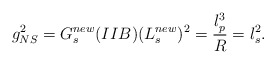
\begin{align*}g^{2}_{NS}=G_{s}^{new}(IIB) (L_{s}^{new})^2 = \frac{l_{p}^{3}}{R}=l_{s}^{2}.\end{align*}